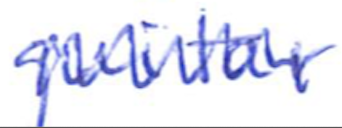
Text: guitar
Cross-out: zig-zag
Writing tool: ballpoint